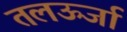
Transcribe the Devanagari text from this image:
तलऊर्जा